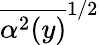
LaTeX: \overline{{\alpha^{2}(y)}}^{1/2}